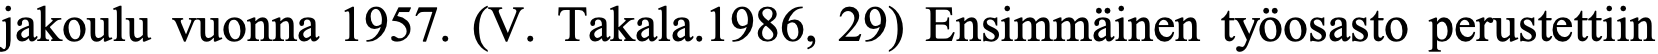
jakoulu vuonna 1957. (V. Takala.1986, 29) Ensimmäinen työosasto perustettiin